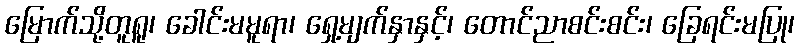
မြောက်သို့တူရူ၊ ခေါင်းမမူရာ၊ ရှေ့မျက်နှာနှင့်၊ တောင်ညာစင်းစင်း၊ ခြေရင်းမပြု၊